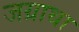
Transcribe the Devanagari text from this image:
जग्राथा